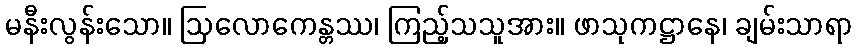
မနီးလွန်းသော။ ဩလောကေန္တဿ၊ ကြည့်သသူအား။ ဖာသုကဋ္ဌာနေ၊ ချမ်းသာရာ